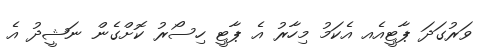
ވަރުގަދަ ޕާޓީއެއ އެކަމު މިހާރު އެ ޕާޓީ ހިސޯރު ކޮށްގެން ނަޝީދު އެ